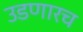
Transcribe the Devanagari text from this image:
उडणारच